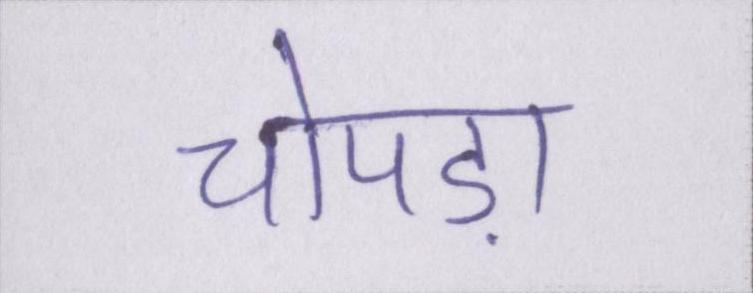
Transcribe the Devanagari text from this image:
चोपड़ा